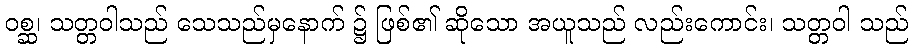
ဝစ္ဆ၊ သတ္တဝါသည် သေသည်မှနောက် ၌ ဖြစ်၏ ဆိုသော အယူသည် လည်းကောင်း၊ သတ္တဝါ သည်